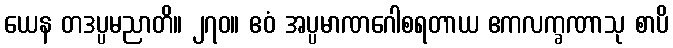
ယေန တဒပ္ပမညာတိ။ ၂၇၀။ ဧဝံ အပ္ပမာဏဂေါစရတာယ ဧကလက္ခဏာသု စာပိ